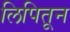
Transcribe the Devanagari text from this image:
लिपितून